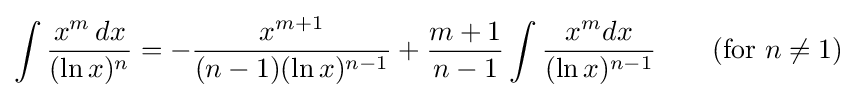
\int {\frac {x^{m}\,dx}{(\ln x)^{n}}}=-{\frac {x^{m+1}}{(n-1)(\ln x)^{n-1}}}+{\frac {m+1}{n-1}}\int {\frac {x^{m}dx}{(\ln x)^{n-1}}}\qquad {\mbox{(for }}n\neq 1{\mbox{)}}